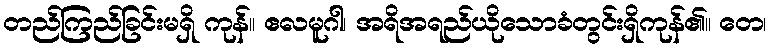
တည်ကြည်ခြင်းမရှိ ကုန်။ ဧလမူဂါ၊ အရိအရည်ယိုသောခံတွင်းရှိကုန်၏။ တေ၊